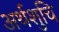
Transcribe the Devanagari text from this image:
अर्थशुचि